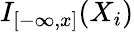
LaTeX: I_{[-\infty,x]}(X_{i})